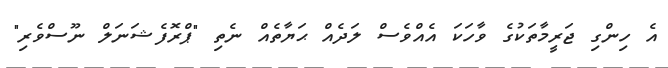
އެ ހިންގި ޖަރީމާތަކުގެ ވާހަކަ އެއްވެސް ލަދެއް ޙަޔާތެއް ނެތި "ޕްރޮފެޝަނަލް ނޫސްވެރި"